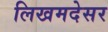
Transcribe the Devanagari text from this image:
लिखमदेसर